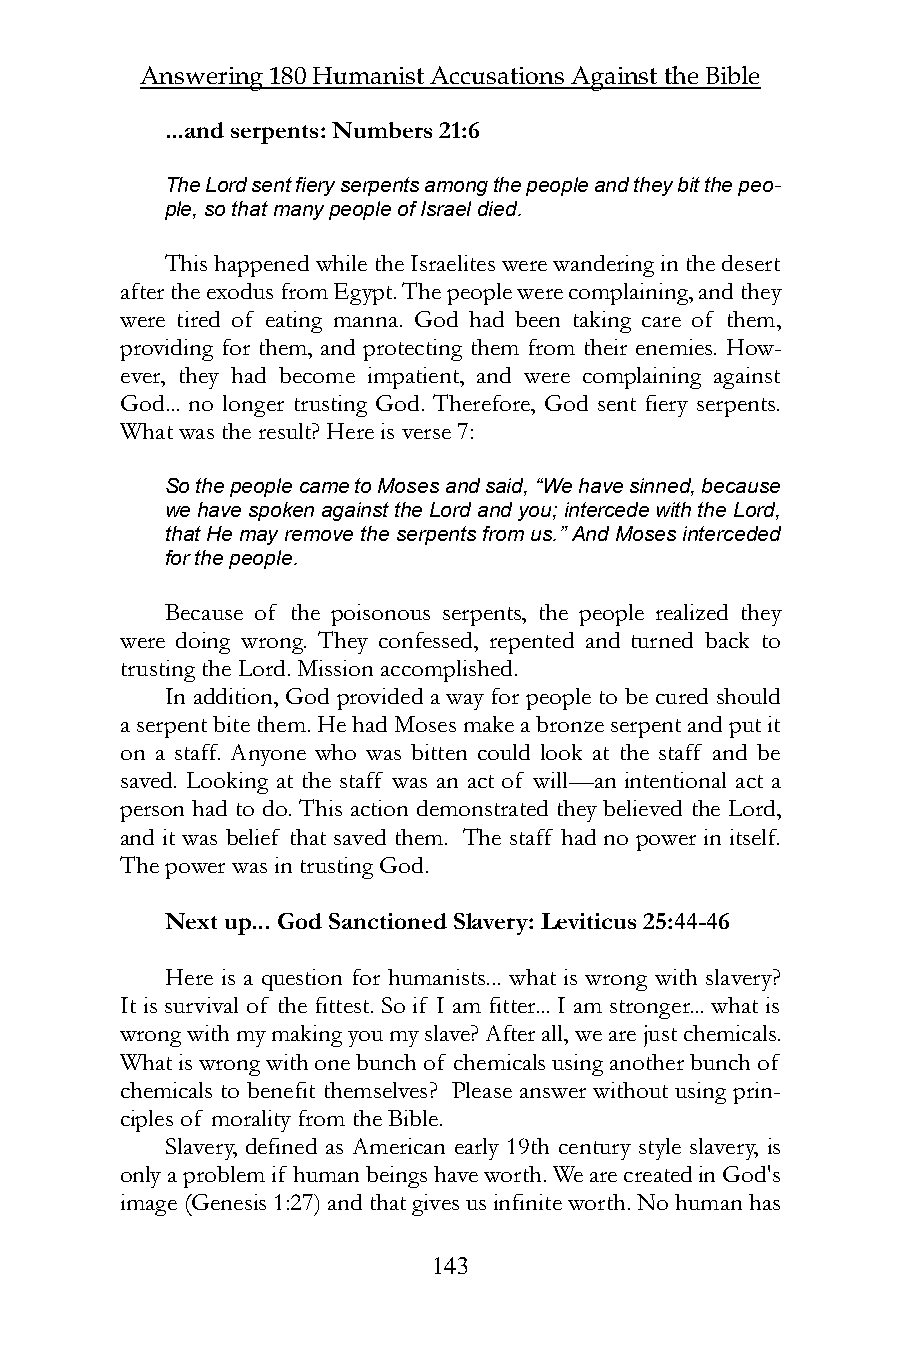
Answering 180 Humanist Accusations Against the Bible
 ...and serpents: Numbers 21:6
 The Lord sent fiery serpents among the people and they bit the peo-
 ple, so that many people of Israel died.
 This happened while the Israelites were wandering in the desert
 after the exodus from Egypt. The people were complaining, and they
 were tired of eating manna. God had been taking care of them,
 providing for them, and protecting them from their enemies. How-
 ever, they had become impatient, and were complaining against
 God... no longer trusting God. Therefore, God sent fiery serpents.
 What was the result? Here is verse 7:
 So the people came to Moses and said, “We have sinned, because
 we have spoken against the Lord and you; intercede with the Lord,
 that He may remove the serpents from us.” And Moses interceded
 for the people.
 Because of the poisonous serpents, the people realized they
 were doing wrong. They confessed, repented and turned back to
 trusting the Lord. Mission accomplished.
 In addition, God provided a way for people to be cured should
 a serpent bite them. He had Moses make a bronze serpent and put it
 on a staff. Anyone who was bitten could look at the staff and be
 saved. Looking at the staff was an act of will—an intentional act a
 person had to do. This action demonstrated they believed the Lord,
 and it was belief that saved them. The staff had no power in itself.
 The power was in trusting God.
 Next up... God Sanctioned Slavery: Leviticus 25:44-46
 Here is a question for humanists... what is wrong with slavery?
 It is survival of the fittest. So if I am fitter... I am stronger... what is
 wrong with my making you my slave? After all, we are just chemicals.
 What is wrong with one bunch of chemicals using another bunch of
 chemicals to benefit themselves? Please answer without using prin-
 ciples of morality from the Bible.
 Slavery, defined as American early 19th century style slavery, is
 only a problem if human beings have worth. We are created in God's
 image (Genesis 1:27) and that gives us infinite worth. No human has
 143